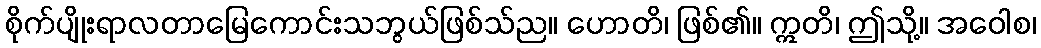
စိုက်ပျိုးရာလတာမြေကောင်းသဘွယ်ဖြစ်သ်ည။ ဟောတိ၊ ဖြစ်၏။ ဣတိ၊ ဤသို့။ အဝေါစ၊